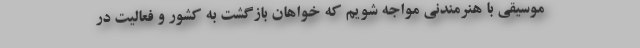
موسیقی با هنرمندنی مواجه شویم که خواهان بازگشت به کشور و فعالیت در